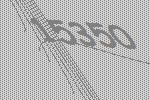
15350